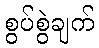
စွပ်စွဲချက်